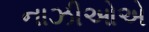
નાઝીઓએ